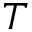
T